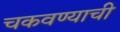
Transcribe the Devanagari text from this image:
चकवण्याची